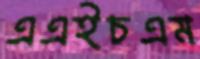
এএইচএম